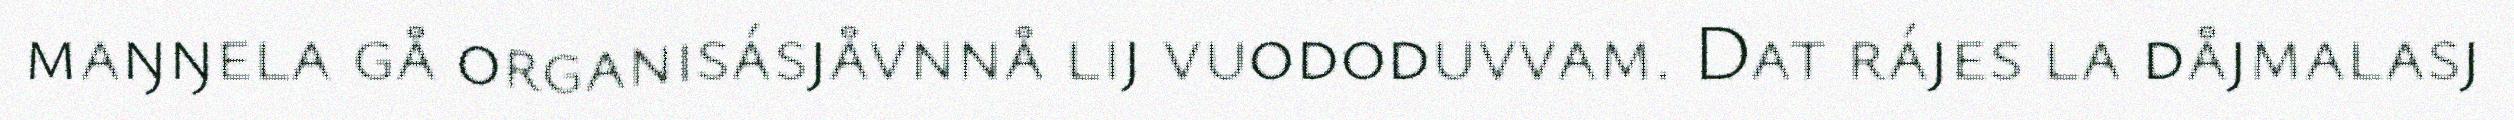
maŋŋela gå organisásjåvnnå lij vuododuvvam. Dat rájes la dåjmalasj